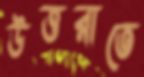
উত্তরাতে